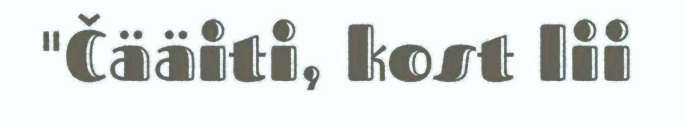
"Čääiti, kost lii